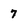
Character: 7